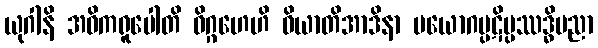
ယုဂါနိ အဓိကရူပေါတိ ဝိဂ္ဂဟေဟိ ဝိယာတိအာဒိနာ ပယောဂပ္ပဋိပ္ပဿဒ္ဓိပညာ